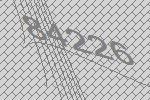
84226